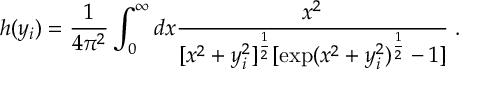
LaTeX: h ( y _ { i } ) = \frac { 1 } { 4 \pi ^ { 2 } } \int _ { 0 } ^ { \infty } d x \frac { x ^ { 2 } } { [ x ^ { 2 } + y _ { i } ^ { 2 } ] ^ { \frac { 1 } { 2 } } [ \exp ( x ^ { 2 } + y _ { i } ^ { 2 } ) ^ { \frac { 1 } { 2 } } - 1 ] } \; .